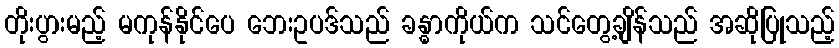
တိုးပွားမည့် မကုန်နိုင်ပေ ဘေးဥပဒ်သည် ခန္ဓာကိုယ်က သင်တွေ့ချိန်သည် အဆိုပြုသည့်